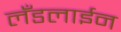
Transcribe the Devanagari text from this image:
लँडलाईन